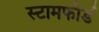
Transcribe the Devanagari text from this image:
स्टामफोर्ड